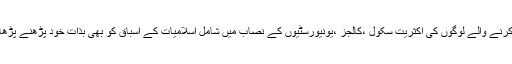
حتی کہ تعلیم حاصل کرنے والے لوگوں کی اکثریت سکول ،کالجز ،یونیورسٹیوں کے نصاب میں شامل اسلامیات کے اسباق کو بھی بذات خود پڑھنے پڑھانے سے قا صر ہے ۔